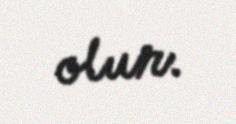
olur.